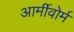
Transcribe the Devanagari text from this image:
आर्मीवोर्म